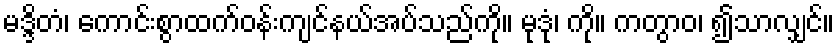
မဒ္ဒိတံ၊ ကောင်းစွာထက်ဝန်းကျင်နယ်အပ်သည်ကို။ မုဒုံ၊ ကို။ ကတွာဝ၊ ၍သာလျှင်။